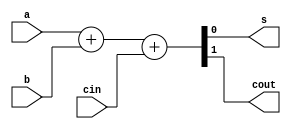
`timescale 1ns / 1ps

//////////////////////////////////////////////////////////////////////////
//
//problem no.:2
//Assignment No:6
//semester:5
//group no.:12
//names of group members:K Sai Santhoshi Niharika, Surkanti Akshitha
//
///////////////////////////////////////////////////////////////////////////

module FA(
		input a,b,cin,
		output s,cout
	);
	assign {cout, s} = a + b + cin;

endmodule

// D - flip flop
module DFF(
		input clk,reset,D,cin, 
		output reg Q
	);
	
	always @(posedge clk or posedge reset) // If rst = 0, normal functioning ; else assign the intial carry in
	begin
		if(reset)
			Q=cin;
		else
			Q=D;
	end
endmodule

// parallel in serial out shift register
module PISO(
	input [7:0] a,
	input clk,load,reset,
	output reg [7:0] out
	);

	always @(posedge clk or posedge reset or load)
	begin
		// if reset = 1, then out = 0
		if(reset==1)
			out=8'b0;
		// if reset = 0, load =1, then out = input
		else if(load==1)
			out=a;
		else // if reset =, load =0, shifting
			out = out/2;
	end
endmodule

// Serial in parallel out shift register
module SIPO(
	input clk,reset,a,
	output reg [7:0] sum
	);

	// flip flop
	always @(posedge clk or posedge reset)
	begin
		if(reset)
			sum=8'b0;
		else
			sum = {a, sum[7:1]};
	end
endmodule

module bit_serial_adder(
		input [7:0] a,b,
		input cin,clk,load,reset,
		output [7:0] sum,
		output cout
    );
	 wire [7:0] w1,w2;
	 wire cst, nst, temp_s;
	 
	 
	 // Serialize the input
	 PISO a1(.a(a),.clk(clk),.load(load),.reset(reset),.out(w1));
	 PISO b1(.a(b),.clk(clk),.load(load),.reset(reset),.out(w2));
	 
	 // pass it to the adder
	 FA f1(.a(w1[0]),.b(w2[0]),.cin(cst),.s(temp_s),.cout(nst));
	 //assign {nst,temp_s} = w1[0]+w2[0]+cst;
	 
	 // Remember the carry 
	 DFF D1(.clk(clk),.reset(reset),.D(nst),.cin(cin),.Q(cst));
	 
	 // Send the output to SIPO module, so that sum can be generated
	 SIPO X(.clk(clk),.reset(reset),.a(temp_s),.sum(sum));
	 
endmodule